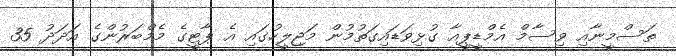
ތަސްމީނާއި ވިސާމް އެމްޑީޕީއާ ގުޅިވަޑައިގަތުމުން މަޖިލީހުގައި އެ ޕާޓީގެ މެމްބަރުންގެ އަދަދު 35